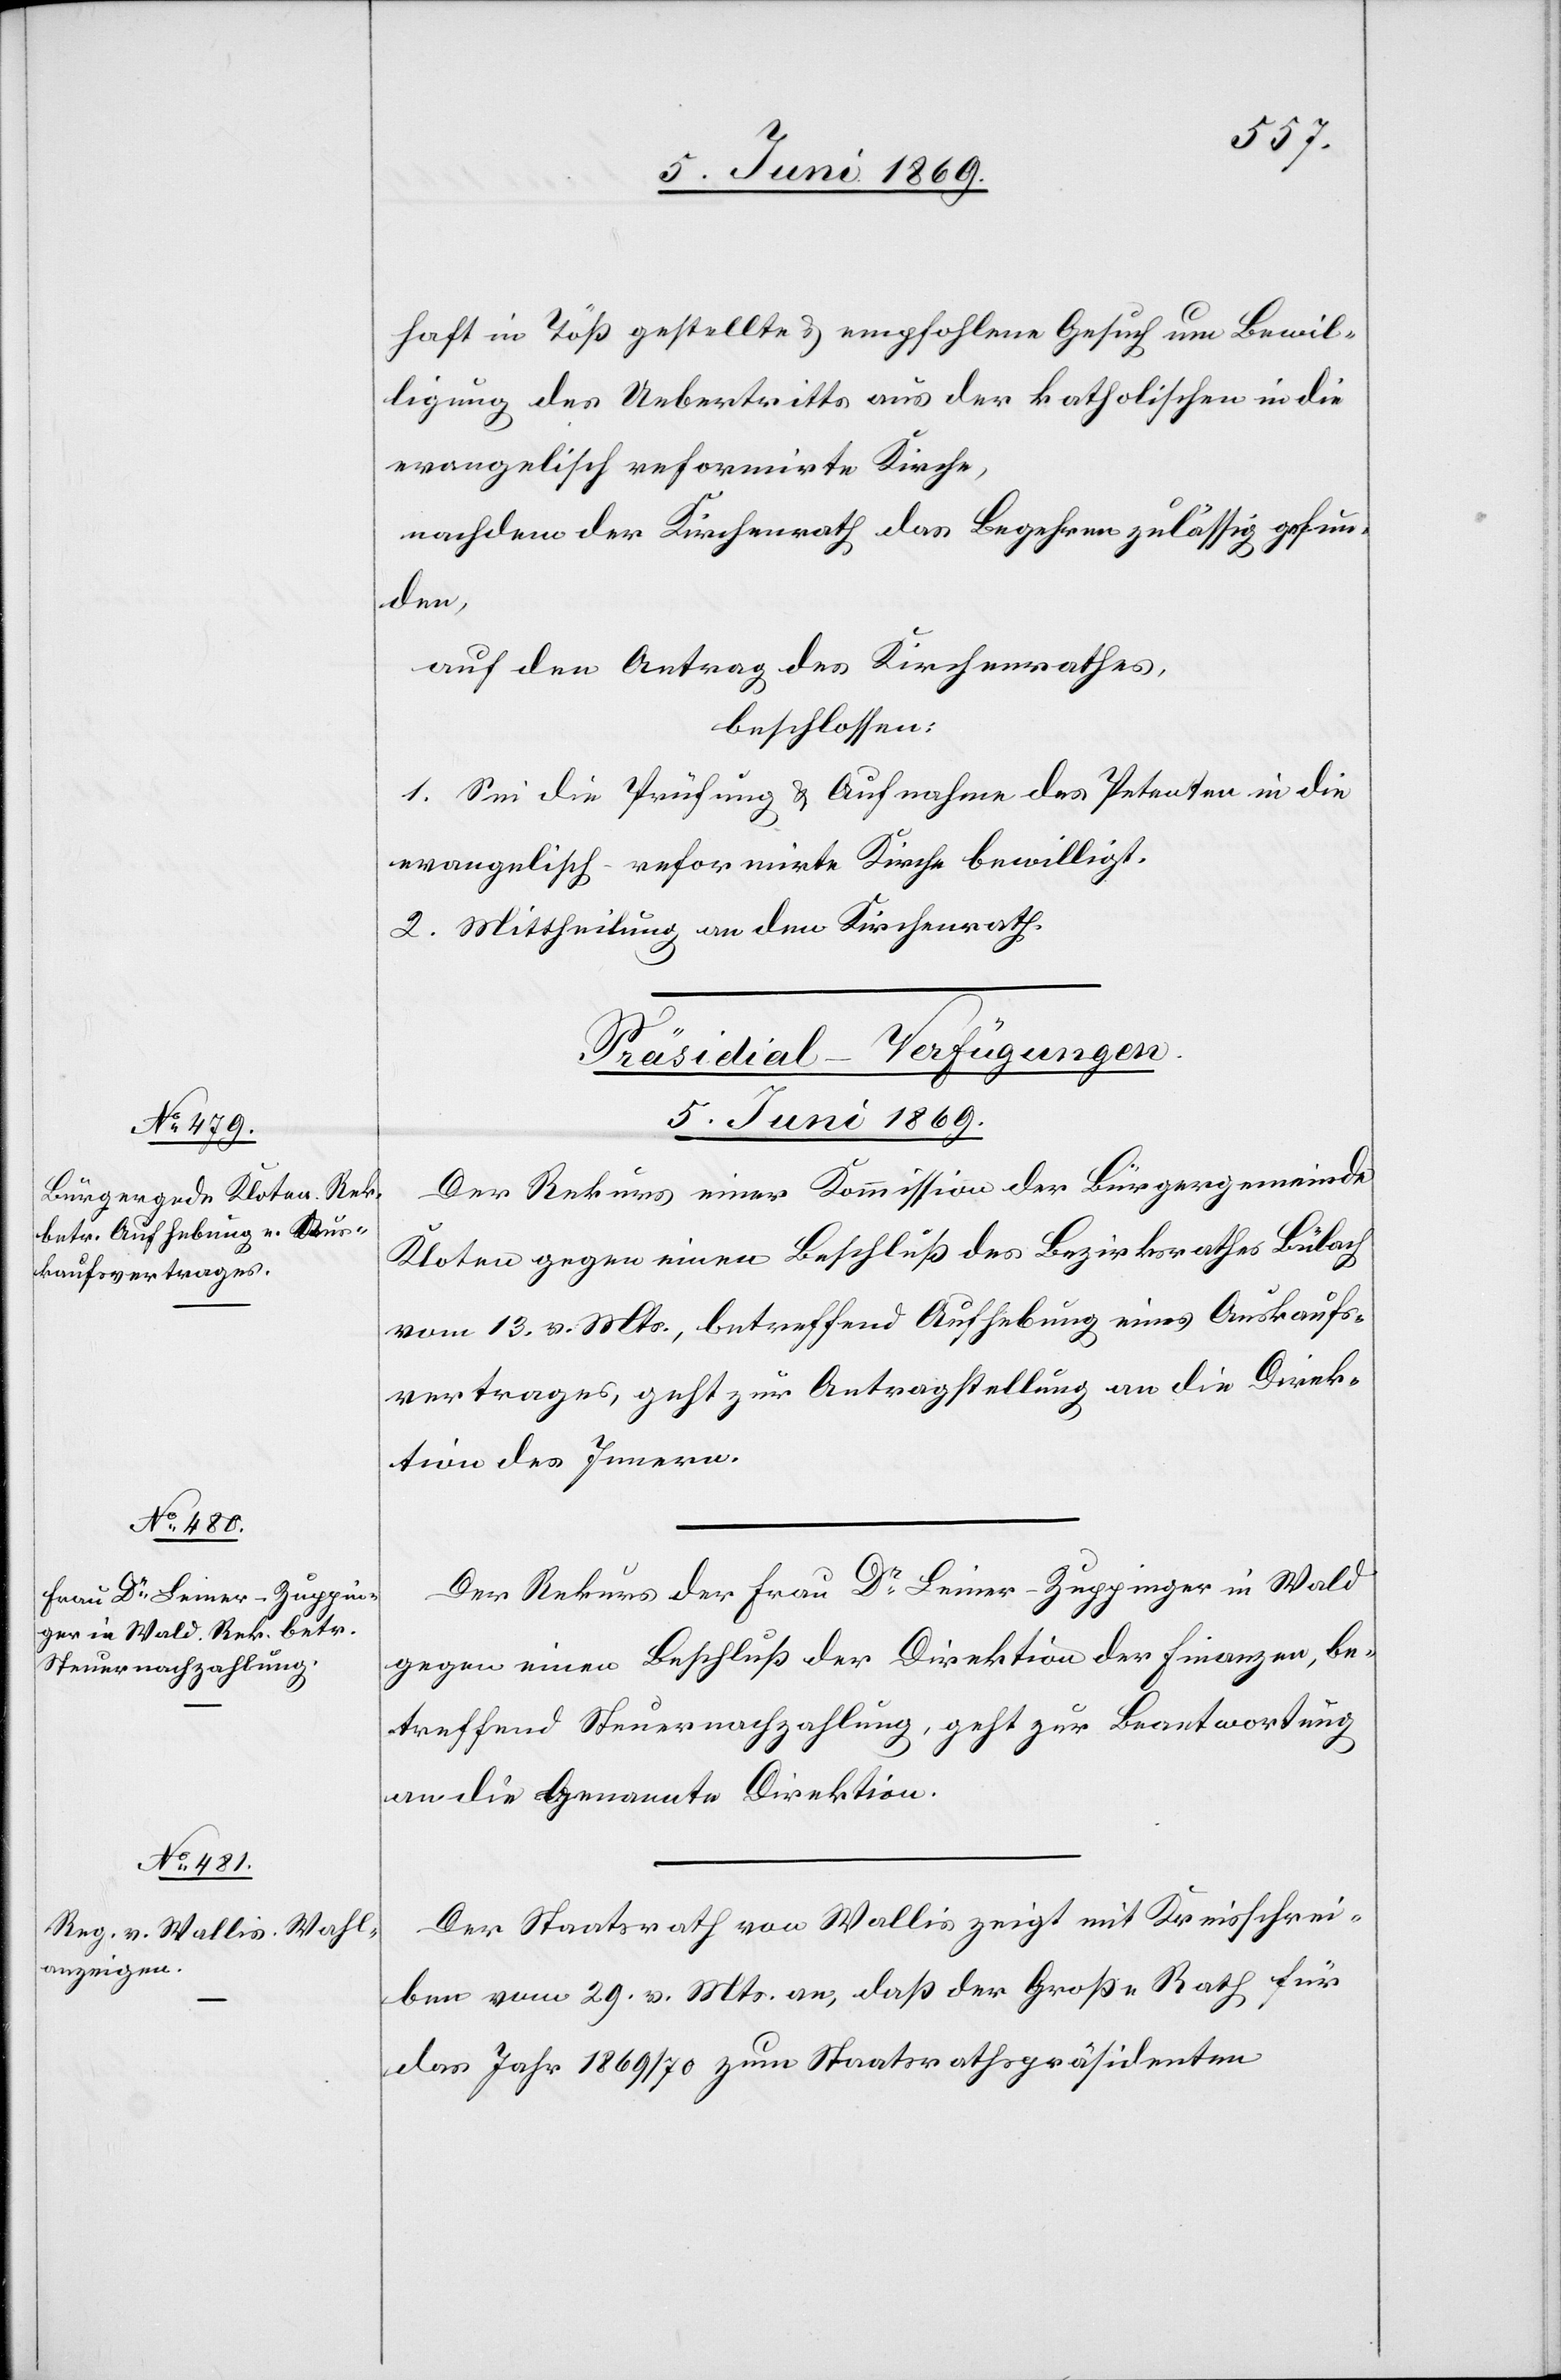
haft in Töß gestellte u. empfohlene Gesuch um Bewil¬
ligung des Uebertritts aus der katholischen in die
evangelisch reformirte Kirche,
nachdem der Kirchenrath das Begehren zulässig gefun¬
den,
auf den Antrag des Kirchenrathes,
beschlossen:
1. Sei die Prüfung u. Aufnahme des Petenten in die
evangelisch-reformirte Kirche bewilligt.
2. Mittheilung an den Kirchenrath.
[Präsidial-Verfügungen.
5. Juni 1869.]
Der Rekurs einer Kommission der Bürgergemeinde
Kloten gegen einen Beschluß des Bezirksrathes Bülach
vom 13. v. Mts., betreffend Aufhebung eines Auskaufs¬
vertrages, geht zur Antragstellung an die Direk¬
tion des Innern.
Der Rekurs der Frau Dr Leiner-Zuppinger in Wald
gegen einen Beschluß der Direktion der Finanzen, be¬
treffend Steuernachzahlung, geht zur Beantwortung
an die genannte Direktion.
Der Staatsrath von Wallis zeigt mit Kreisschrei¬
ben vom 29. v. Mts. an, daß der Großen Rath für
das Jahr 1869/70 zum Staatsrathspräsidenten